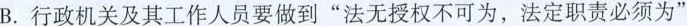
B.行政机关及其工作人员要做到”法无授权不可为，法定职责必须为”